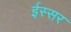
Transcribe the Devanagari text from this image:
ईस्सर